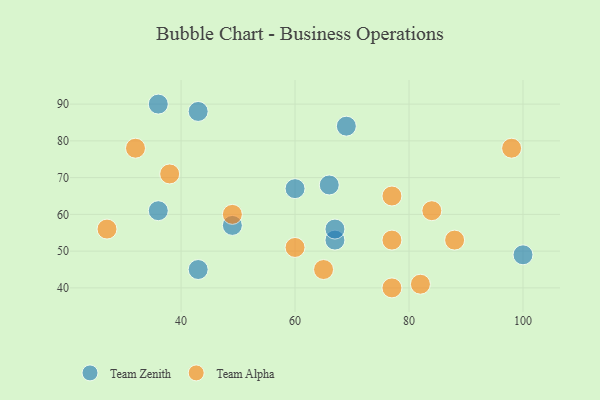
{"axis": {"x": "GDP", "y": "Life Expectancy"}, "legend": ["Team Alpha", "Team Zenith"], "data": [{"x": "60", "y": 67, "type": "Team Zenith"}, {"x": "43", "y": 88, "type": "Team Zenith"}, {"x": "43", "y": 45, "type": "Team Zenith"}, {"x": "69", "y": 84, "type": "Team Zenith"}, {"x": "49", "y": 57, "type": "Team Zenith"}, {"x": "36", "y": 61, "type": "Team Zenith"}, {"x": "67", "y": 53, "type": "Team Zenith"}, {"x": "66", "y": 68, "type": "Team Zenith"}, {"x": "67", "y": 56, "type": "Team Zenith"}, {"x": "100", "y": 49, "type": "Team Zenith"}, {"x": "36", "y": 90, "type": "Team Zenith"}, {"x": "77", "y": 40, "type": "Team Alpha"}, {"x": "38", "y": 71, "type": "Team Alpha"}, {"x": "84", "y": 61, "type": "Team Alpha"}, {"x": "65", "y": 45, "type": "Team Alpha"}, {"x": "98", "y": 78, "type": "Team Alpha"}, {"x": "77", "y": 53, "type": "Team Alpha"}, {"x": "49", "y": 60, "type": "Team Alpha"}, {"x": "60", "y": 51, "type": "Team Alpha"}, {"x": "27", "y": 56, "type": "Team Alpha"}, {"x": "32", "y": 78, "type": "Team Alpha"}, {"x": "82", "y": 41, "type": "Team Alpha"}, {"x": "88", "y": 53, "type": "Team Alpha"}, {"x": "77", "y": 65, "type": "Team Alpha"}]}